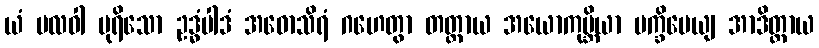
ယံ ဗလဝါ ပုရိသော ဥဒ္ဓံပါဒံ အဓောသိရံ ဂဟေတွာ တတ္တာယ အယောကုမ္ဘိယာ ပက္ခိပေယျ အာဒိတ္တာယ